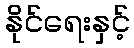
နိုင်ရေးနှင့်